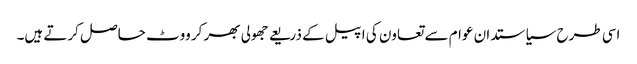
اسی طرح سیاستدان عوام سے تعاون کی اپیل کے ذریعے جھولی بھر کر ووٹ حاصل کرتے ہیں۔